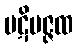
ပဋိပဇ္ဇထ